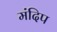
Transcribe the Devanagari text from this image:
मंदिप